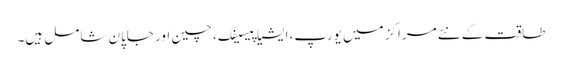
طاقت کے نئے مراکز میں یورپ، ایشیا پیسیفک، چین اور جاپان شامل ہیں۔